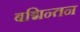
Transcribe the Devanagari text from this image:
बद्मिन्तन